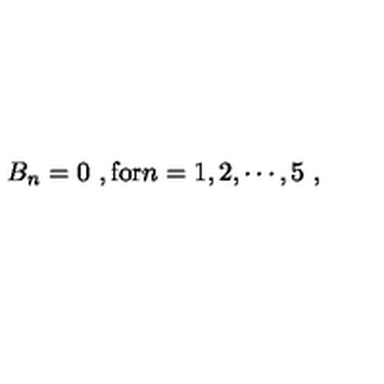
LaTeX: B _ { n } = 0 \ , \mathrm { f o r } n = 1 , 2 , \cdots , 5 \ ,